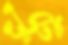
খুঁটে